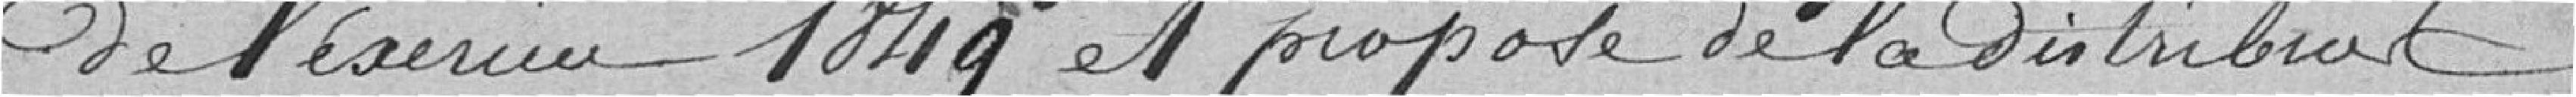
de l'exercice 1849 et propose de la distribuer